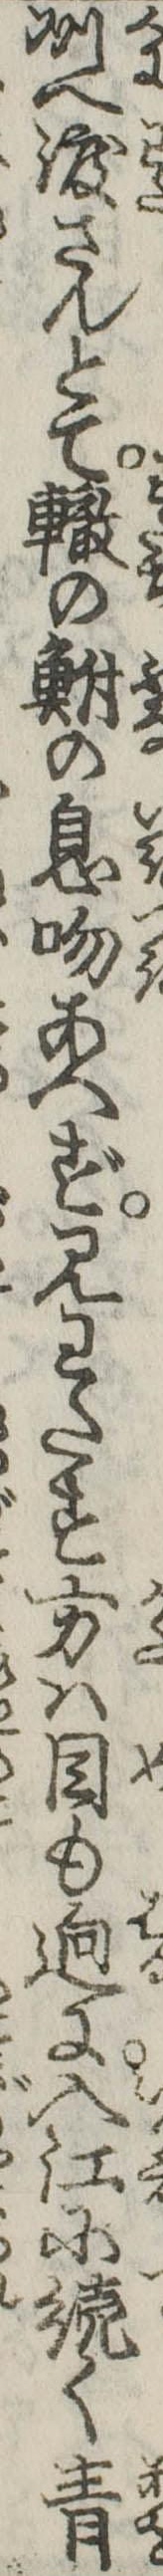
州へ渡さんとて轍の鮒の息吻あへず見わたす方は目も逈に入江に続く青